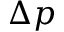
\Delta p